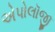
એપોલૉજી